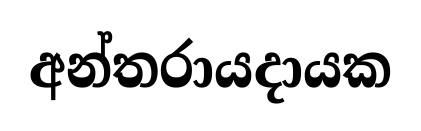
අන්තරායදායක